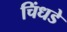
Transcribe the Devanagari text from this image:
चिंधडे